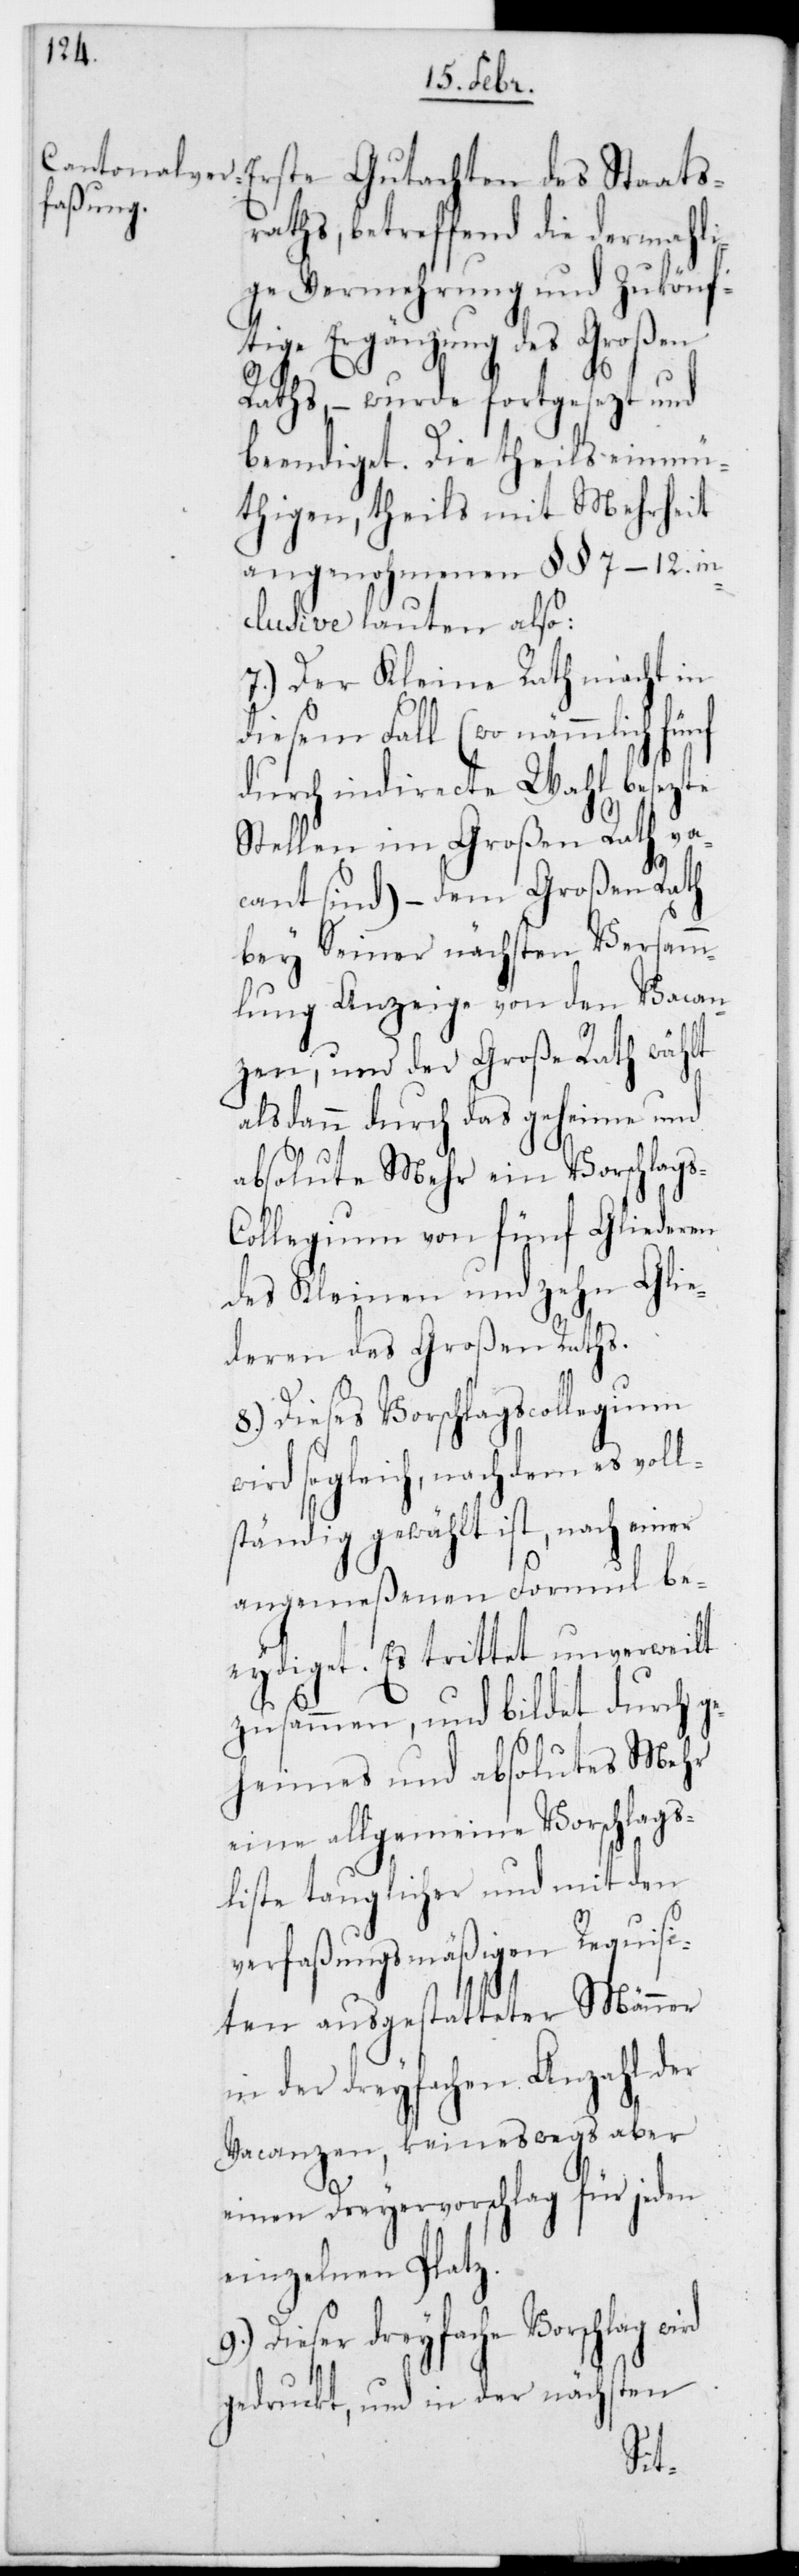
raths, betreffend die dermahli¬
ge Vermehrung und zukönf¬
tige Ergänzung des Großen
Raths, – wurde fortgesezt und
beendiget. Die theils einmü¬
thigen, theils mit Mehrheit
angenohmenen §§ 7–12. in¬
clusive lauten also:
7.) Der Kleine Rath macht in
diesem Fall (wo nämmlich
durch indirecte Wahl besetzte
Stellen im Großen Rath va¬
cant sind) – dem Großen Rath
bey seiner nächsten Versamm¬
lung Anzeige von den Vacan¬
zen, und der Große Rath wählt
alsdann durch das geheime und
absolute Mehr ein Vorschlag¬
ollegium von fünf Gliederen
des Kleinen und zehn Glie¬
deren des Großen Raths.
Dieses Vorschlagscollegium
wird sogleich, nachdem es voll¬
ständig gewählt ist, nach einer
angemeßenen Formul be¬
eidiget. Es trittet unverweilt
zusammen und bildet durch g¬
eheimes und absolutes Mehr
eine allgemeine Vorschlags¬
liste tauglicher und mit den
verfaßungsmäßigen Requisi¬
ten ausgestatteter Männer
in der dreyfachen Anzahl der
Vacanzen, keineswegs aber
einen Dreyervorschlag für jeden
einzelnen Platz.
Dieser dreyfache Vorschlag
gedruckt und in der nächsten
s-C¬